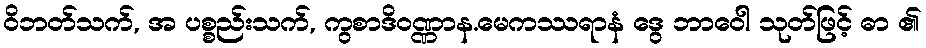
ဝိဘတ်သက်, အ ပစ္စည်းသက်, ကွစာဒိဝဏ္ဏာန.မေကဿရာနံ ဒွေ ဘာဝေါ သုတ်ဖြင့် ဓာ ၏